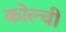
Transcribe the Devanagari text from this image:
कोल्ची